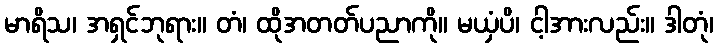
မာရိသ၊ အရှင်ဘုရား။ တံ၊ ထိုအတတ်ပညာကို။ မယှံပိ၊ ငါ့အားလည်း။ ဒါတုံ၊